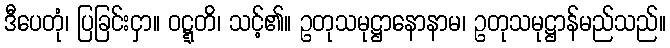
ဒီပေတုံ၊ ပြခြင်းငှာ။ ဝဋ္ဋတိ၊ သင့်၏။ ဥတုသမုဋ္ဌာနောနာမ၊ ဥတုသမုဋ္ဌာန်မည်သည်။